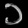
Digit: ၁